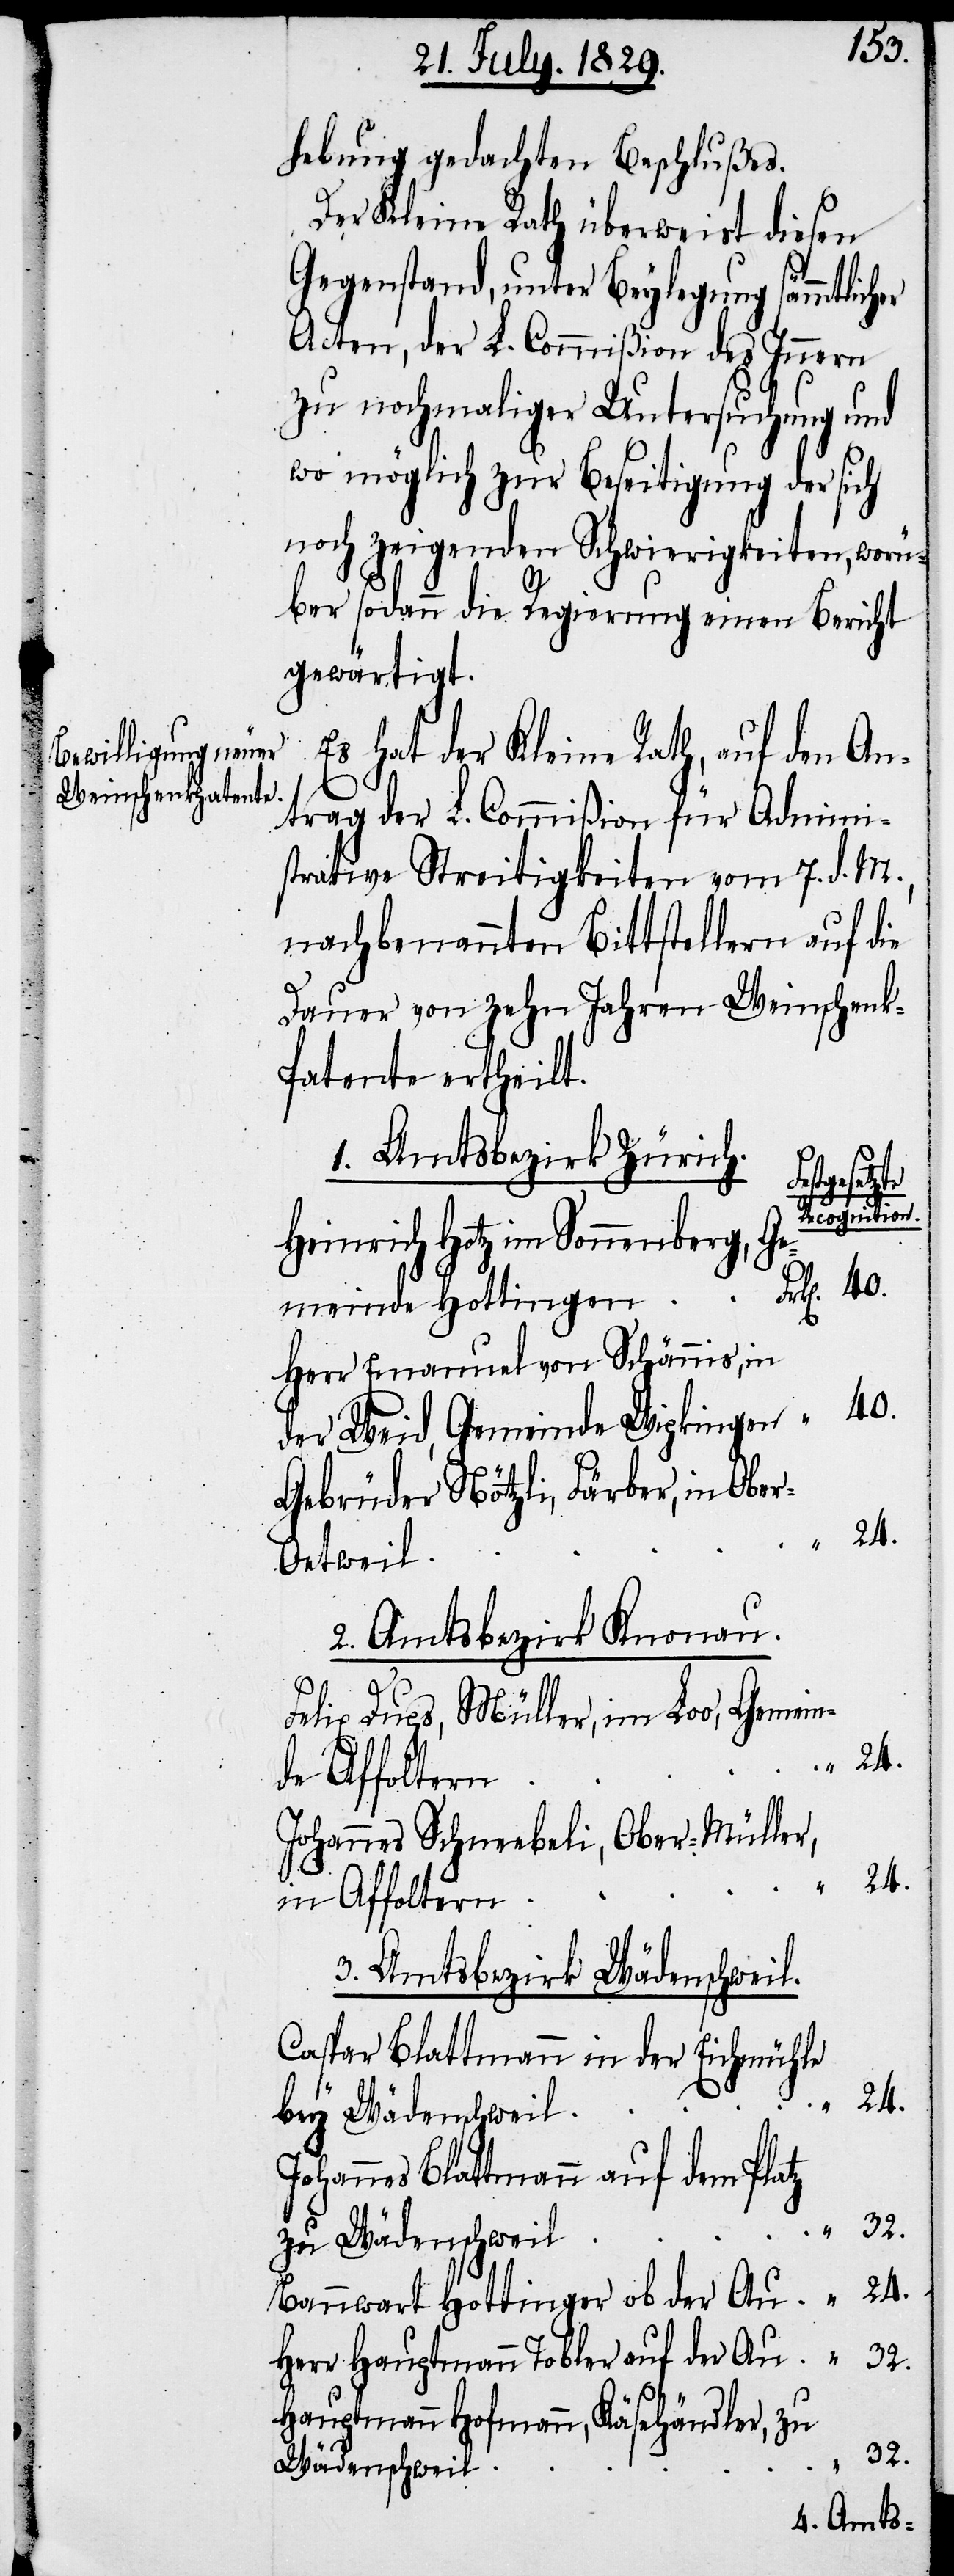
hebung gedachten Beschlußes.
Der Kleine Rath überweist diesen
Gegenstand, unter Beylegung sämmtlich¬
Acten, der L. Commißion des Innern
zu nochmaliger Untersuchung und
wo möglich zur Beseitigung der sich
noch zeigenden Schwierigkeiten, worü¬
ber sodann die Regierung einen Bericht
gewärtigt.
Es hat der Kleine Rath, auf den An¬
trag der L. Commißion für Admini¬
strative Streitigkeiten vom 7. d. M.,
nachbenannten Bittstellern auf die
Dauer von zehn Jahren Weinschen¬
atente ertheilt.
1. Amtsbezirk Zürich.
meinde
Recognition
Heinrich Hotz im Sonnenberg, Ge¬
Herr Emanuel von Schännis, in
der Weid, Gemeinde Wipkingen
Gebrüder Nötzli, Färber, in Obe¬
r-Oetweil
2. Amtsbezirk Knonau.
Felix Dups, Müller, im Loo, Gemein¬
24.
de Affoltern
Johannes Scheebeli, Ober-Müller,
in Affoltern
3. Amtsbezirk Wädenschweil.
Caspar Blattmann in der Eichmühle
Johannes Blattmann auf dem Platz
32.
zu Wädenschweil
Bannwart Hottinger ob der Au
Herr Hauptmann Tobler auf der Au
Hauptmann Hofmann, Käsehändler, zu
Wädenschweil